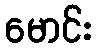
မောင်း